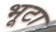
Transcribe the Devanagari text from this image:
भूटा